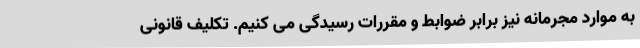
به موارد مجرمانه نیز برابر ضوابط و مقررات رسیدگی می کنیم. تکلیف قانونی